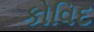
કોવિદ